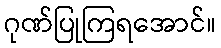
ဂုဏ်ပြုကြရအောင်။